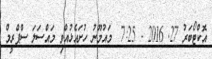
އޮކްޓޯބަރު 27